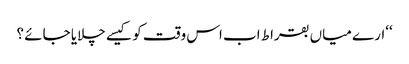
‘‘ارے میاں بقراط اب اس وقت کو کیسے چلایا جائے ؟